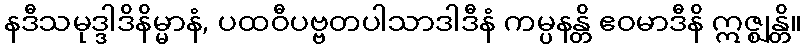
နဒီသမုဒ္ဒါဒိနိမ္မာနံ, ပထဝီပဗ္ဗတပါသာဒါဒီနံ ကမ္ပနန္တိ ဧဝမာဒီနိ ဣဇ္ဈန္တိ။